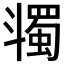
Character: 𣂌